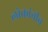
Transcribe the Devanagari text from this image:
लोकांचीच